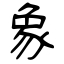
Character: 象